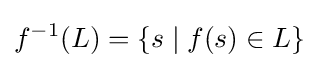
f^{-1}(L)=\{s\mid f(s)\in L\}